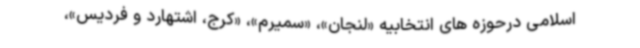
اسلامی درحوزه های انتخابیه «لنجان»، «سمیرم»، «کرج، اشتهارد و فردیس»،